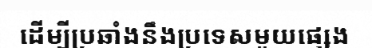
ដើម្បីប្រឆាំងនឹងប្រទេសមួយផ្សេង